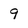
Character: 9